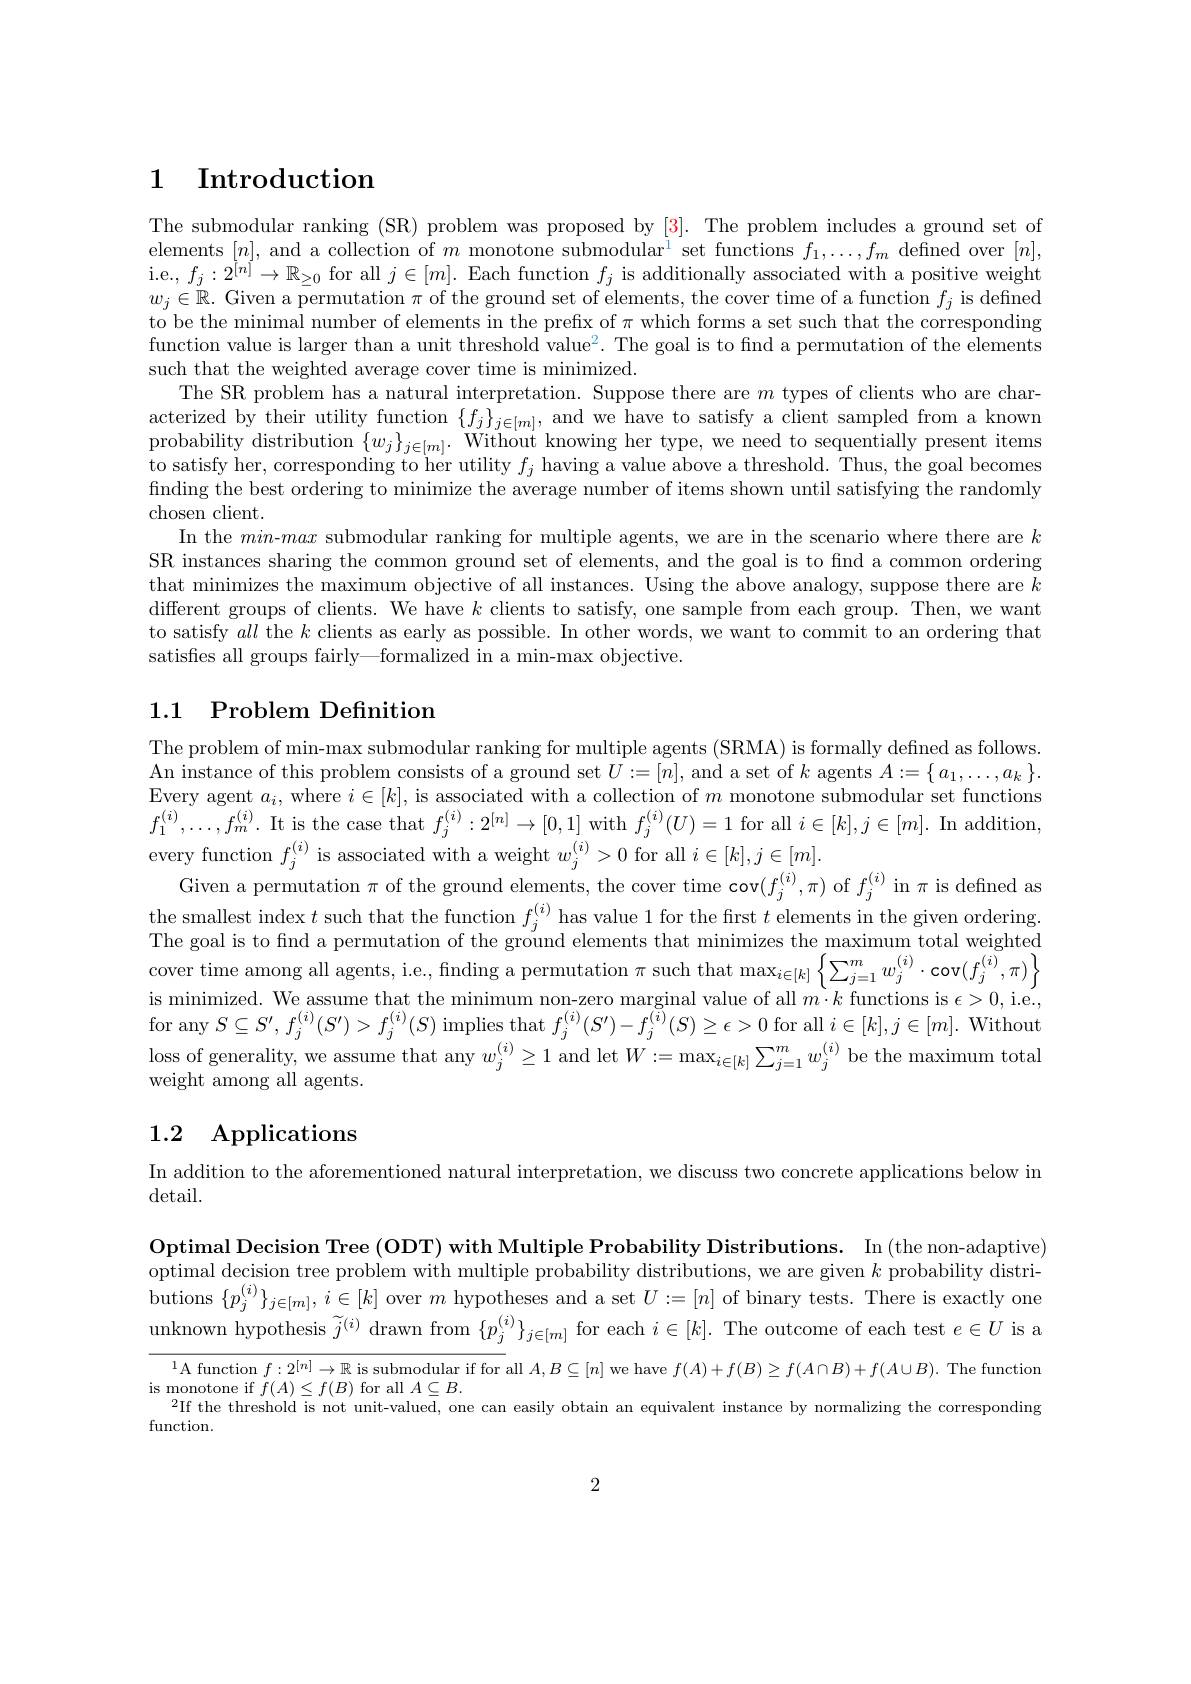
# 1 Introduction

The submodular ranking (SR) problem was proposed by [3]. The problem includes a ground set of elements $[n]$, and a collection of $m\text{ monotone submodular}^1$ set functions $f_1,\ldots,f_m$ defined over $[n]$, i.e., $f_j:2^{[n]}\to\mathbb{R}_{\geq0}$ for all $j\in[m].$ Each function $f_j$ is additionally associated with a positive weight $w_j\in\mathbb{R}.$ Given a permutation $\pi$ of the ground set of elements, the cover time of a function $f_j$ is defined to be the minimal number of elements in the prefix of $\pi$ which forms a set such that the corresponding function value is larger than a unit threshold value$^2.$ The goal is to find a permutation of the elements such that the weighted average cover time is minimized.
The SR problem has a natural interpretation. Suppose there are $m$ types of clients who are characterized by their utility function $\{f_j\}_{j\in[m]}$, and we have to satisfy a client sampled from a known probability distribution $\{w_{j}\}_{j\in[m]}.$ Without knowing her type, we need to sequentially present items to satisfy her, corresponding to her utility $f_j$ having a value above a threshold. Thus, the goal becomes finding the best ordering to minimize the average number of items shown until satisfying the randomly chosen client.
In the min-max submodular ranking for multiple agents, we are in the scenario where there are $k$ SR instances sharing the common ground set of elements, and the goal is to find a common ordering that minimizes the maximum objective of all instances. Using the above analogy, suppose there are $k$ different groups of clients. We have $k$ clients to satisfy, one sample from each group. Then, we want to satisfy all the $k$ clients as early as possible. In other words, we want to commit to an ordering that satisfes all groups fairly—formalized in a min-max objective.

# 1.1 Problem Definition

The problem of min-max submodular ranking for multiple agents (SRMA) is formally defined as follows. An instance of this problem consists of a ground set $U:=[n]$, and a set of $k$ agents $A:=\{a_1,\ldots,a_k\}.$ Every agent $a_i$, where $i\in[k]$, is associated with a collection of $m$ monotone submodular set functions $f_{1}^{(i)},\ldots,f_{m}^{(i)}.$ It is the case that $f_j^(i):2^{[n]}\to[0,1]$ with $f_j^(i)(U)=1$ for all $i\in[k],j\in[m].$ In addition, every function $f_j^{(i)}$ is associated with a weight $w_j^{(i)}>0$ for all $i\in[k],j\in[m].$
Given a permutation $\pi$ of the ground elements, the cover time cov$(f_j^{(i)},\pi)$ of $f_j^(i)$ in $\pi$ is defined as the smallest index $t$ such that the function $f_j^{(i)}$ has value 1 for the first $t$ elements in the given ordering The goal is to find a permutation of the ground elements that minimizes the maximum total weighted cover time among all agents, ie., finding a permutation $\pi$ such that $\max_i\in[k]\left\{\sum_{j=1}^mw_j^{(i)}\cdot\operatorname{cov}(f_j^{(i)},\pi)\right\}$ is minimized. We assume that the minimum non-zero marginal value of all $m\cdot k$ functions is $\epsilon > 0$,i. e. , for any $S\subseteq S^{\prime},f_{j}^{(i)}(S^{\prime})>f_{j}^{(i)}(S)$ implies that $f_j^{(i)}(S^{\prime})-f_{j}^{(i)}(S)\geq\epsilon>0$ for all $i\in[k],j\in[m].$ Without loss of generality, we assume that any $w_j^{(i)}\geq1$ and let $W:=\max_{i\in[k]}\sum_{j=1}^{m}w_j^{(i)}$ be the maximum total weight among all agents.

# 1.2 Applications

In addition to the aforementioned natural interpretation, we discuss two concrete applications below in
$\det$ail.

Optimal Decision Tree ( ODT) with Multiple Probability Distributions. In ( the non- adaptive) optimal decision tree problem with multiple probability distributions, we are given $k$ probability distributions $\{p_{j}^{(i)}\}_{j\in[m]},i\in[k]$ over $m$ hypotheses and a set $U:=[n]$ of binary tests. There is exactly one unknown hypothesis $\widetilde j^{(i)}$ drawn from $\{p_j^{(i)}\}_{j\in[m]}$ for each $i\in[k].$ The outcome of each test $e\in U$ is a

$^1$A function $f:2^[n]\to\mathbb{R}$ is submodular if for all $A,B\subseteq[n]$ we have $f(A)+f(B)\geq f(A\cap B)+f(A\cup B).$ The function
is monotone if $f(A)\leq f(B)$ for all $A\subseteq B.$
2If the threshold is not unit-valued, one can easily obtain an equivalent instance by normalizing the corresponding
function.

2